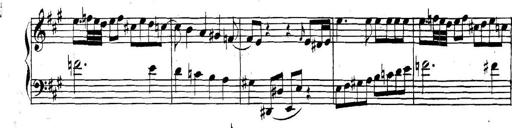
Title: Collected Piano Sonatas
Composer: Muzio Clementi